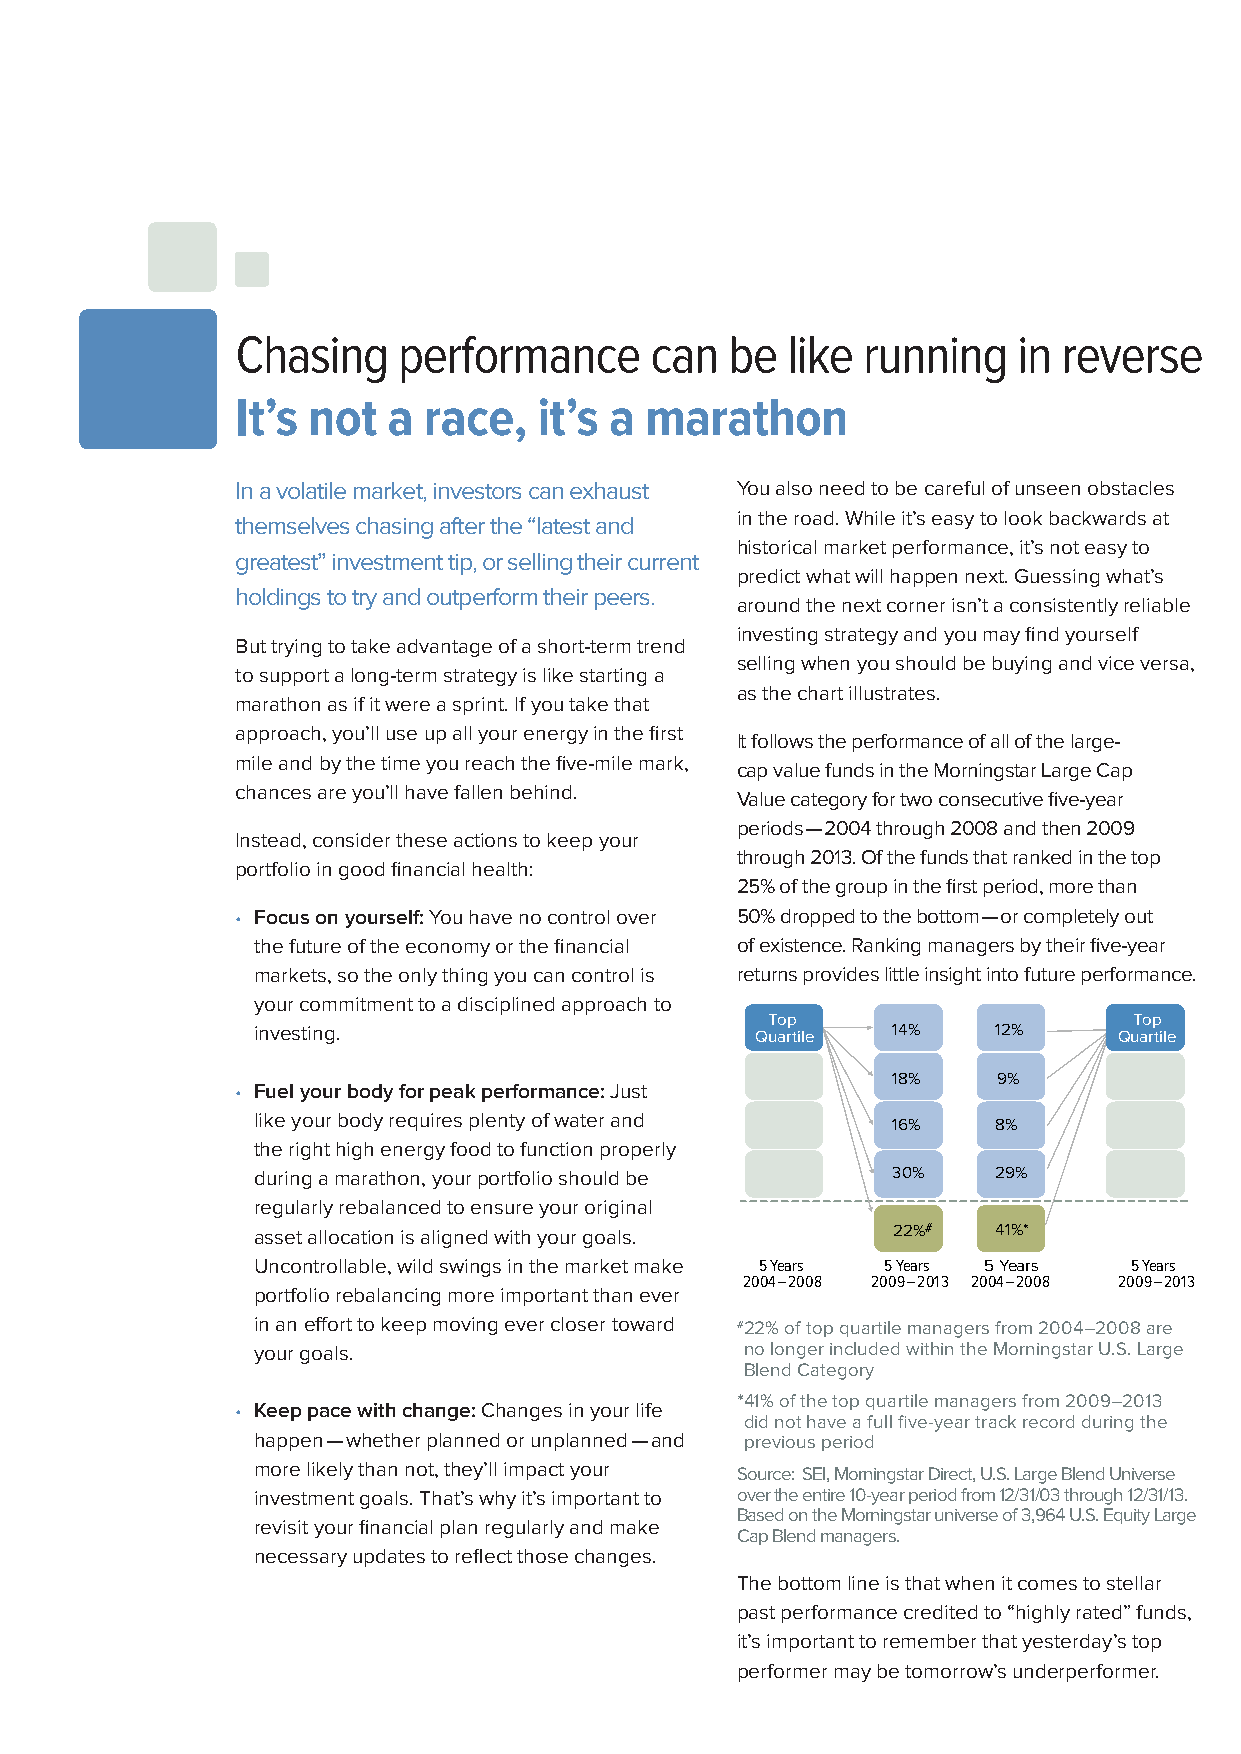
Chasing   performance      can  be  like running   in reverse
 It’s not  a race,   it’s a marathon
 In a volatile market, investors can exhaust You also need to be careful of unseen obstacles
 themselves chasing after the “latest and in the road. While it’s easy to look backwards at
 historical market performance, it’s not easy to
 greatest” investment tip, or selling their current
 predict what will happen next. Guessing what’s
 holdings to try and outperform their peers.
 around the next corner isn’t a consistently reliable
 investing strategy and you may find yourself
 But trying to take advantage of a short-term trend
 selling when you should be buying and vice versa,
 to support a long-term strategy is like starting a
 as the chart illustrates.
 marathon as if it were a sprint. If you take that
 approach, you’ll use up all your energy in the first
 It follows the performance of all of the large-
 mile and by the time you reach the five-mile mark,
 cap value funds in the Morningstar Large Cap
 chances are you’ll have fallen behind.
 Value category for two consecutive five-year
 periods — 2004 through 2008 and then 2009
 Instead, consider these actions to keep your
 through 2013. Of the funds that ranked in the top
 portfolio in good financial health:
 25% of the group in the first period, more than
 • Focus on yourself: You have no control over 50% dropped to the bottom — or completely out
 the future of the economy or the financial of existence. Ranking managers by their five-year
 markets, so the only thing you can control is returns provides little insight into future performance.
 your commitment to a disciplined approach to
 Top                     Top
 investing.                       Quartile 1342%% 12%     Quartile
 1281%% 9%
 • Fuel your body for peak performance: Just
 like your body requires plenty of water and 1161%% 8%
 the right high energy food to function properly
 during a marathon, your portfolio should be 3360%% 29%
 regularly rebalanced to ensure your original
 asset allocation is aligned with your goals. 22%# 41%*
 Uncontrollable, wild swings in the market make 5 Years 5 Years 5 Years 5 Years
 2004–2008 2009–201 3 2004–2008 2009–201 3
 portfolio rebalancing more important than ever
 in an effort to keep moving ever closer toward # 22% of top quartile managers from 2004–2008 are
 your goals.                     no longer included within the Morningstar U.S. Large
 Blend Category
 * 41% of the top quartile managers from 2009–2013
 • Keep pace with change: Changes in your life
 did not have a full five-year track record during the
 happen — whether planned or unplanned — and previous period
 more likely than not, they’ll impact your Source: SEI, Morningstar Direct, U.S. Large Blend Universe
 investment goals. That’s why it’s important to over the entire 10-year period from 12/31/03 through 12/31/13.
 Based on the Morningstar universe of 3,964 U.S. Equity Large
 revisit your financial plan regularly and make
 Cap Blend managers.
 necessary updates to reflect those changes.
 The bottom line is that when it comes to stellar
 past performance credited to “highly rated” funds,
 it’s important to remember that yesterday’s top
 performer may be tomorrow’s underperformer.